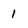
Character: 1